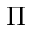
\Pi